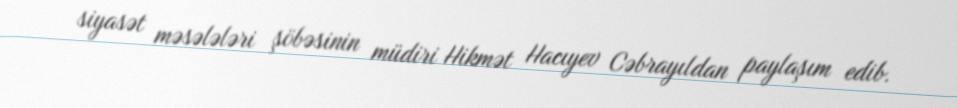
siyasət məsələləri şöbəsinin müdiri Hikmət Hacıyev Cəbrayıldan paylaşım edib.